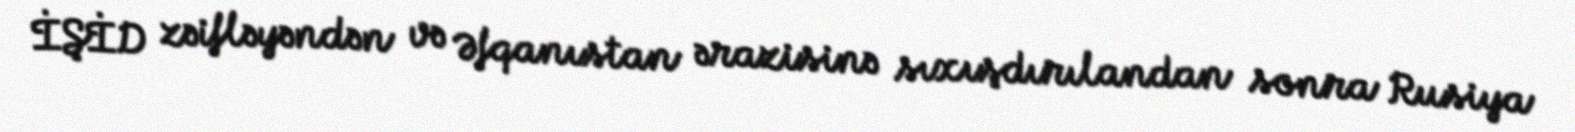
İŞİD zəifləyəndən və Əfqanıstan ərazisinə sıxışdırılandan sonra Rusiya